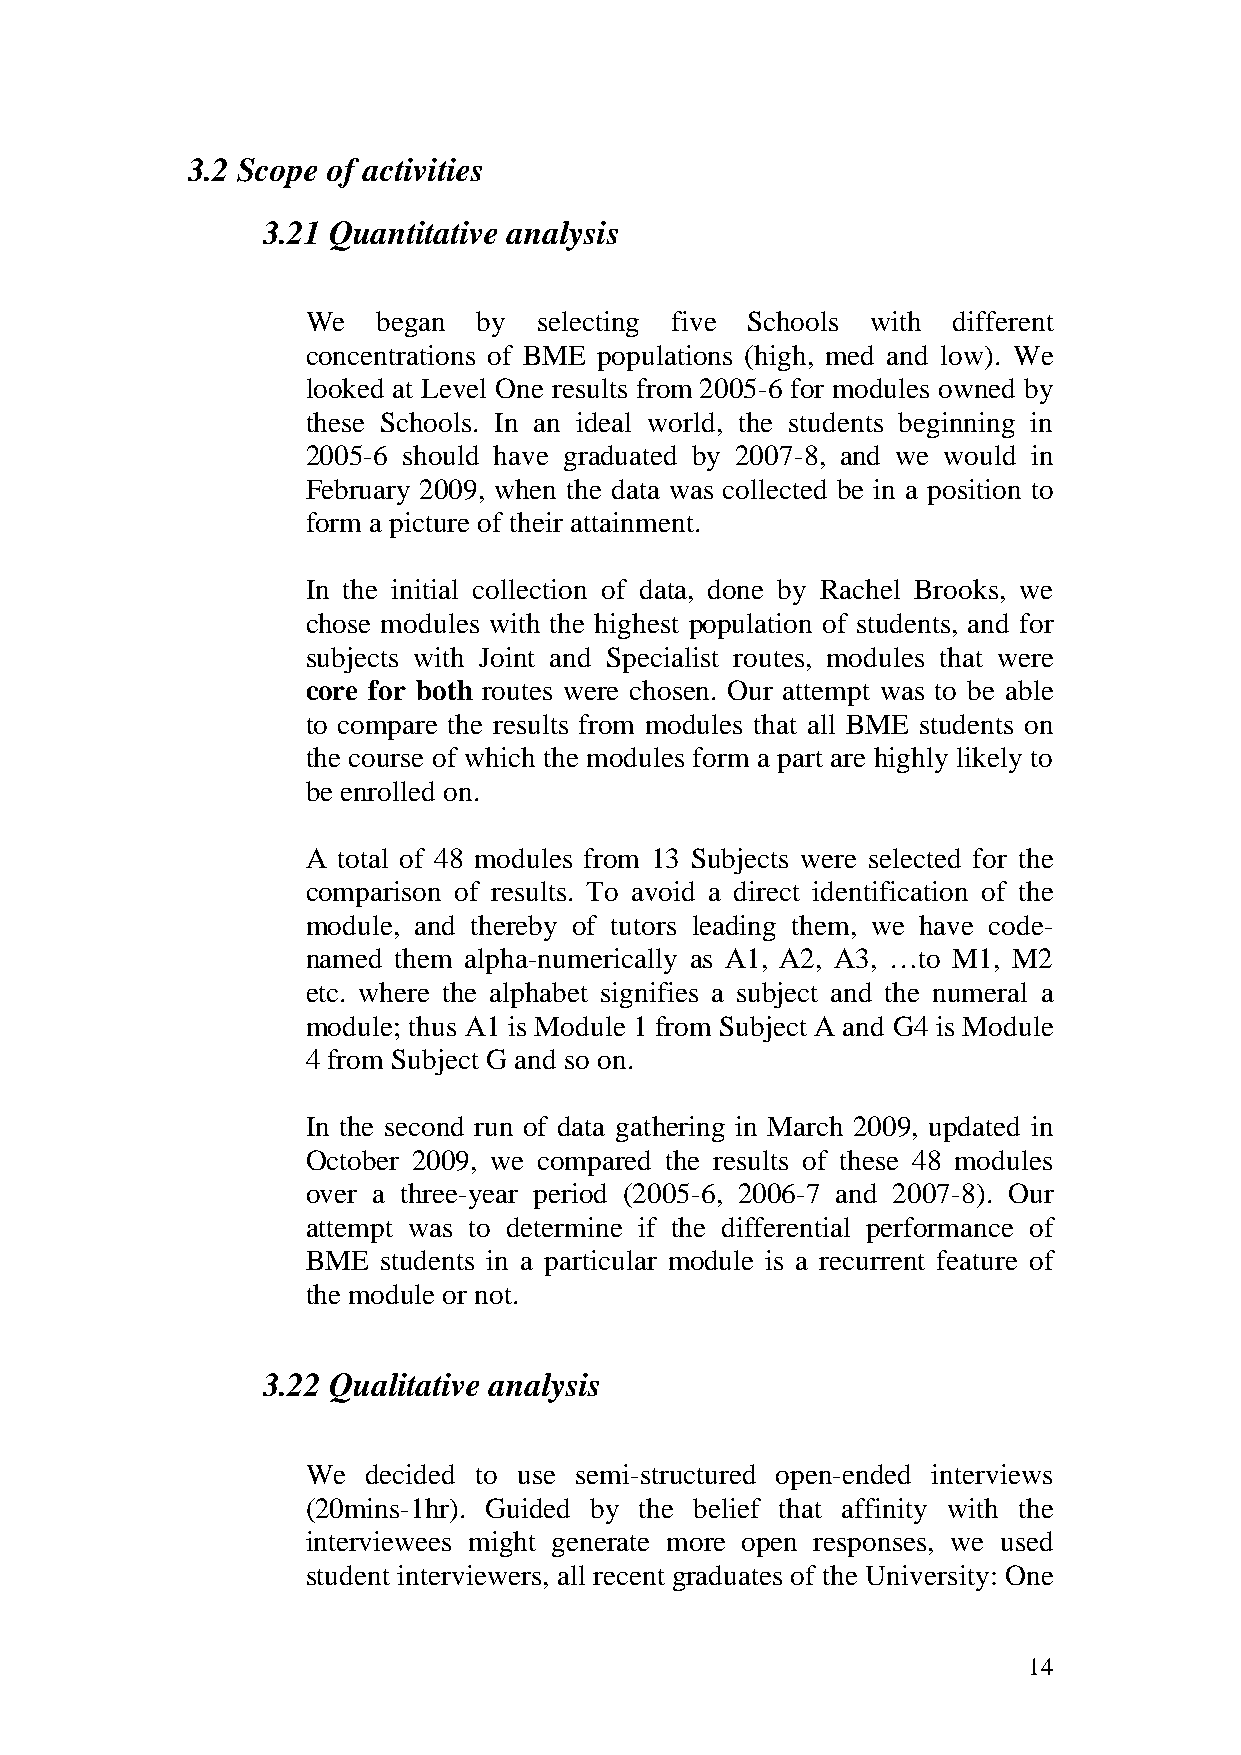
3.2 Scope of activities
 3.21 Quantitative analysis
 We   began  by  selecting five Schools with different
 concentrations of BME populations (high, med and low). We
 looked at Level One results from 2005-6 for modules owned by
 these Schools. In an ideal world, the students beginning in
 2005-6 should have graduated by 2007-8, and we would in
 February 2009, when the data was collected be in a position to
 form a picture of their attainment.
 In the initial collection of data, done by Rachel Brooks, we
 chose modules with the highest population of students, and for
 subjects with Joint and Specialist routes, modules that were
 core for both routes were chosen. Our attempt was to be able
 to compare the results from modules that all BME students on
 the course of which the modules form a part are highly likely to
 be enrolled on.
 A total of 48 modules from 13 Subjects were selected for the
 comparison of results. To avoid a direct identification of the
 module, and thereby of tutors leading them, we have code-
 named them alpha-numerically as A1, A2, A3, …to M1, M2
 etc. where the alphabet signifies a subject and the numeral a
 module; thus A1 is Module 1 from Subject A and G4 is Module
 4 from Subject G and so on.
 In the second run of data gathering in March 2009, updated in
 October 2009, we compared the results of these 48 modules
 over a three-year period (2005-6, 2006-7 and 2007-8). Our
 attempt was to determine if the differential performance of
 BME  students in a particular module is a recurrent feature of
 the module or not.
 3.22 Qualitative analysis
 We  decided to use semi-structured open-ended interviews
 (20mins-1hr). Guided by the belief that affinity with the
 interviewees might generate more open responses, we used
 student interviewers, all recent graduates of the University: One
 14